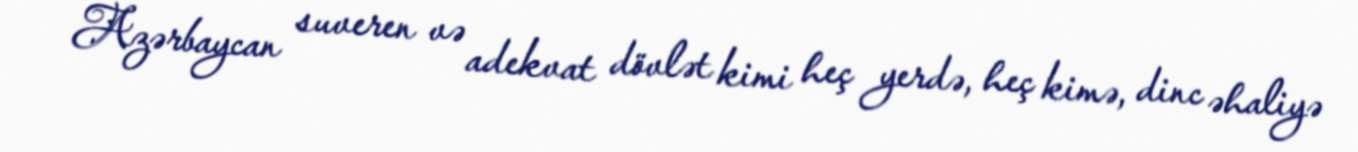
Azərbaycan suveren və adekvat dövlət kimi heç yerdə, heç kimə, dinc əhaliyə